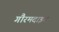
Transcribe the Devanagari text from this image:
गौरमदाइन